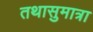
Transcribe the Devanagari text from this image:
तथासुमात्रा